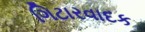
ગિટારવાદક